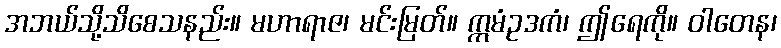
အဘယ်သို့သိစေသနည်း။ မဟာရာဇ၊ မင်းမြတ်။ ဣမံဥဒကံ၊ ဤရေကို။ ဝါတေန၊